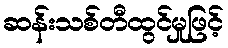
ဆန်းသစ်တီထွင်မှုဖြင့်